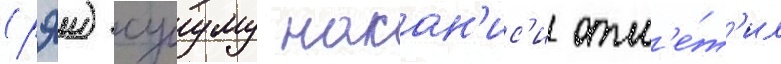
(рэи) сусуму накан'ис'и отм'е́т'ил